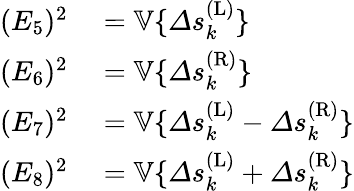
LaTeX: \begin{array}{rl}{(E_{5})^{2}}&{{}=\mathbb{V}\{ \varDelta s_{k}^{(\mathrm{L})}\} }\\ {(E_{6})^{2}}&{{}=\mathbb{V}\{ \varDelta s_{k}^{(\mathrm{R})}\} }\\ {(E_{7})^{2}}&{{}=\mathbb{V}\{ \varDelta s_{k}^{(\mathrm{L})}-\varDelta s_{k}^{(\mathrm{R})}\} }\\ {(E_{8})^{2}}&{{}=\mathbb{V}\{ \varDelta s_{k}^{(\mathrm{L})}+\varDelta s_{k}^{(\mathrm{R})}\} }\end{array}